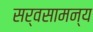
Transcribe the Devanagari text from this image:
सर्वसामन्य